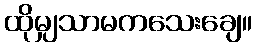
ထိုမျှသာမကသေးချေ။